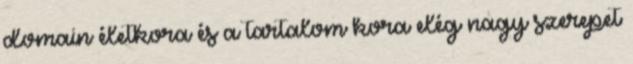
domain életkora és a tartalom kora elég nagy szerepet